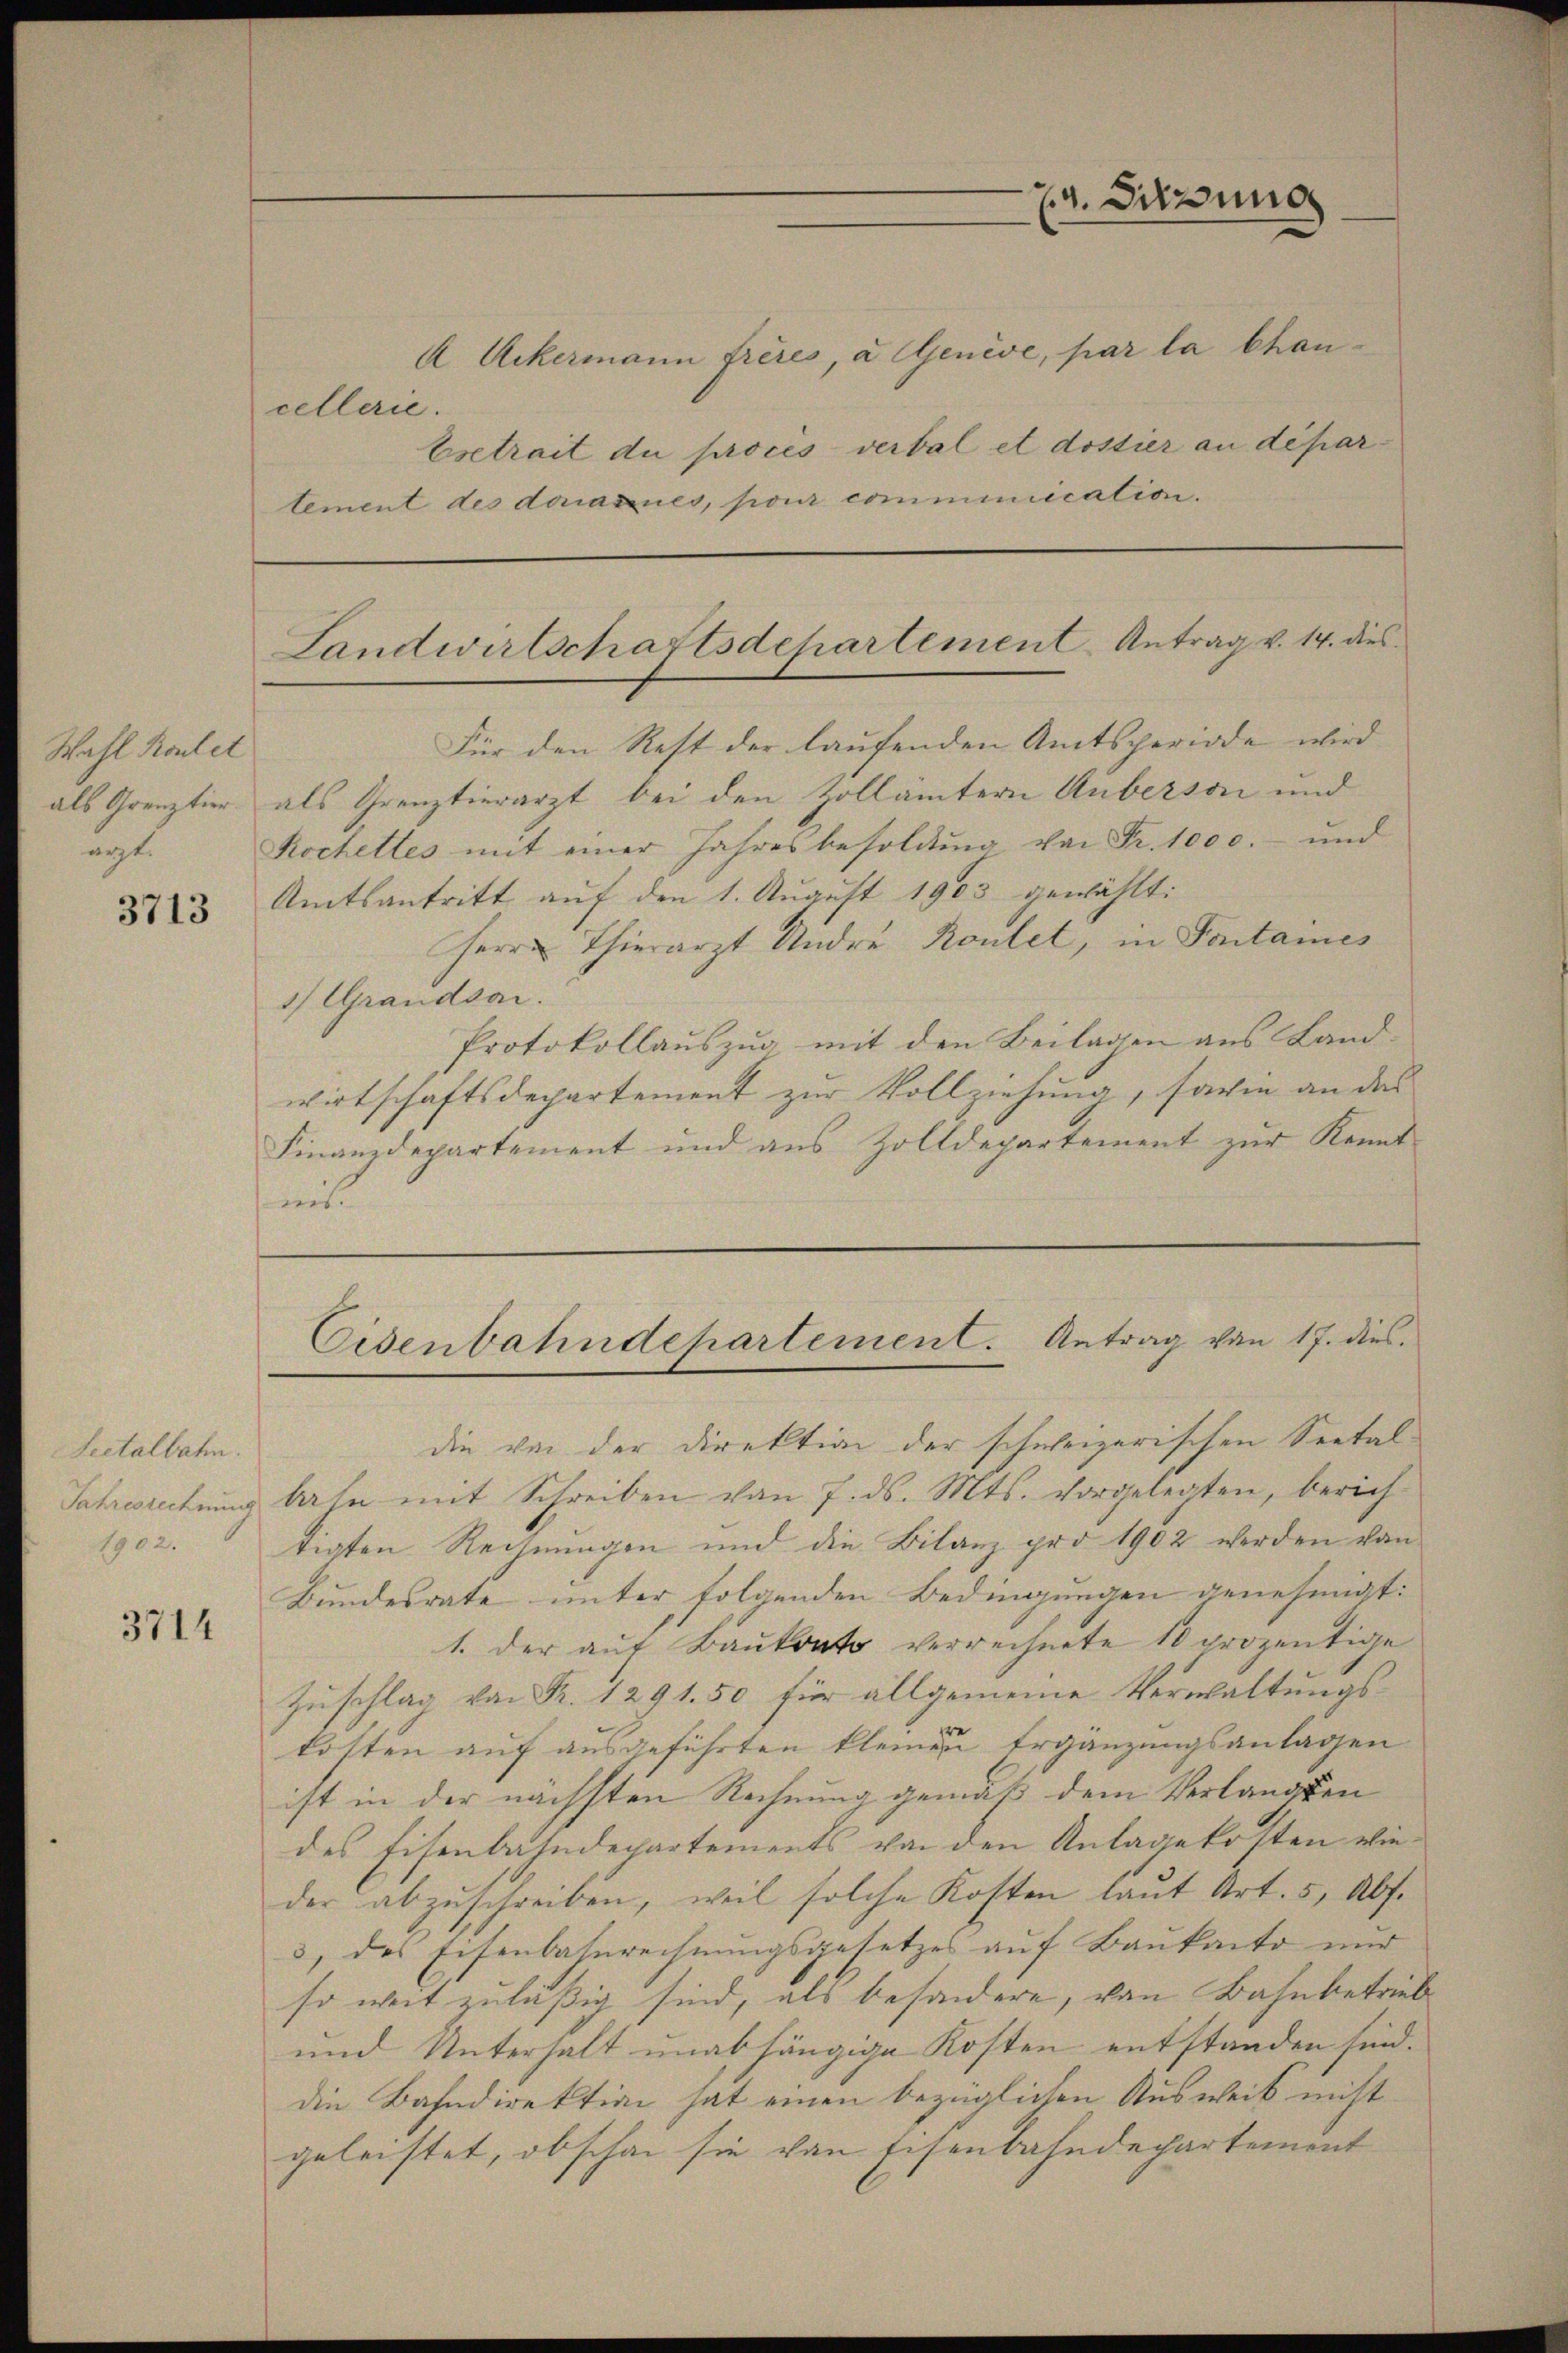
Wahl Koulet
als Grenztier.
arzt.

3713

Seetalbahn.
1902.

3714

74. Sitzung

A Ackermann frères, a Genève, par la chancellerie.
Esetrait du procès-verbal et dossier an departement des donazues, pour communication.

Landwirtschaftsdepartement Antrag v. 14. dies

Für den Rest der laufenden Amtsperiode wird
als Grenztierarzt bei den Zollämtern Auberson und
Kochettes mit einer Jahresbesoldŭng von Fr. 1000.- und
Amtsantritt auf den 1. August 1903 gewählt:
Herrn Thierarzt Andre Roulet, in Sontanes
1) Grandsar.
Protokollauszug, mit den Beilagen aus Landwirtschaftsdepartement zur Vollziehung, sowie an das
Finanzdepartement und aus Zolldepartement zur Kennt-
mi

die von der Direktion der schweizerischen Seetal-
Jahresrechung bahn mit Schreiben von 7. ds. Mts. vorgelegten, berichtigten Rechnungen und die Bilanz pro 1902 werden von
Bundesrate unter folgenden Bedingungen genehmigt:
1. der auf Baukoato verrechnete 10 prozentige
Zuschlag von Fr. 1291. 50 für allgemeine Verwaltungskosten auf ausgeführten kleinen Ergänzungsanlagen
ist in der nächsten Rechnung gemäß dem Verlangten
des Eisenbahndepartements von den Anlage kotten wieder abzŭschreiben, weil solche Kosten laŭt Art. 5, Abs.
3, des Eisenbahnrechnungsgesetzes auf Baukanto nur
so weit zuläßig sind, als besondere, von Bahnbetrieb
und Unterhalt unabhängige Kosten entstanden sind.
die Bahndirektion hat einen bezüglichen Ausweis nicht
geleistet, obschon sie von Eisenbahndepartement

Eisenbahndepartement. Antrag von 17. dies